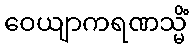
ဝေယျာကရဏသ္မိံ